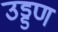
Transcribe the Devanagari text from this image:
उड्डण